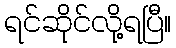
ရင်ဆိုင်လို့ရပြီ။